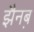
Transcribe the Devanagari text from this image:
झैनब़